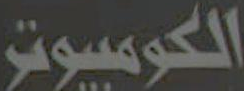
الكومبيوتر